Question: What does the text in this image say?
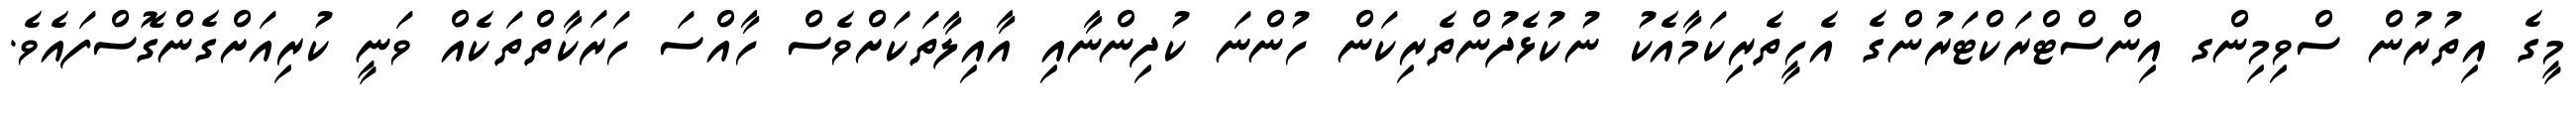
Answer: މީގެ އިތުރުން ސްވިމިންގ އިންސްޓްރަކްޓަރުންގެ އެހީތެރިކަމާއެކު ނުކުޅެދުންތެރިކަން ހުންނަ ކުދިންނާއި އާއިލާތަކަށްވެސް ހާއްސަ ހަރަކާތްތަކެއް ވަނީ ކުރިއަށްގެންގޮސްފައެވެ.